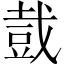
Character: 𧯥